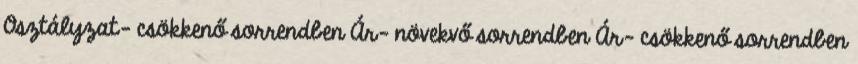
Osztályzat- csökkenő sorrendben Ár- növekvő sorrendben Ár- csökkenő sorrendben